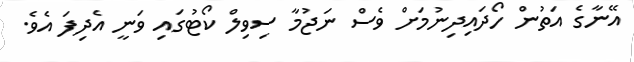
އޭނާގެ އަތުން ހޯދައިދިނުމަށް ވެސް ނަޖުމާ ސިވިލް ކޯޓުގައި ވަނީ އެދިފަ އެވެ.